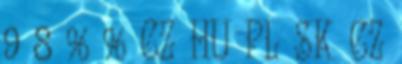
9 8 % % CZ HU PL SK CZ